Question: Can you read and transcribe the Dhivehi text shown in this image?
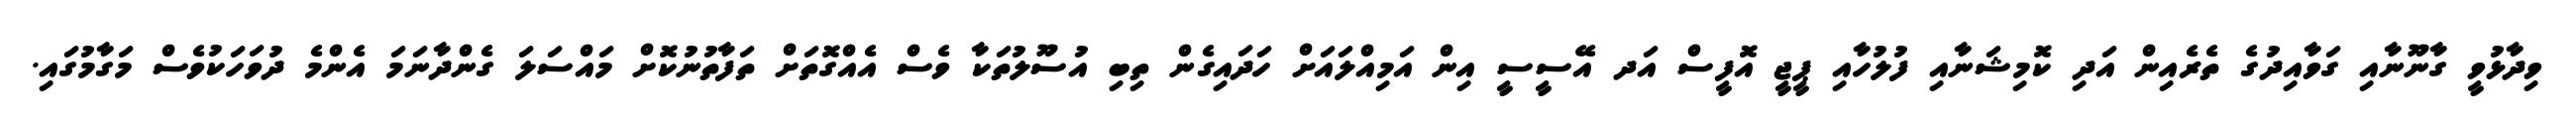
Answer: ވިދާޅުވީ ގާނޫނާއި ގަވާއިދުގެ ތެރެއިން އަދި ކޮމިޝަނާއި ފުލުހާއި ޕީޖީ އޮފީސް އަދ އޭސީސީ އިން އަމިއްލައަށް ހަދައިގެން ތިބި އުސޫލުތަކާ ވެސް އެއްގޮތަށް ތަފާތުނުކޮށް މައްސަލަ ގެންދާނަމަ އެންމެ ދުވަހަކުވެސް މަގާމުގައި.